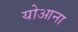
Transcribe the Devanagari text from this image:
योआना